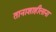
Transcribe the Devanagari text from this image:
तानाशाहीलाना